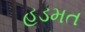
હડમત